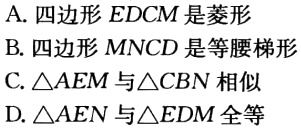
A. 四边形\(EDCM\)是菱形

B. 四边形\(MNCD\)是等腰梯形

C. \(\triangle AEM\)与\(\triangle CBN\)相似

D. \(\triangle AEN\)与\(\triangle EDM\)全等